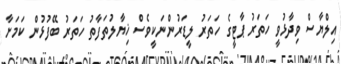
އިލްޔާސް ވިދާޅުވީ ހަތަރު ޕާޓީގެ ހަތަރު ލީޑަރުންނަކީވެސް ޚިޔާލުތަފާތު ހަތަރު ބޭފުުޅުން ކަމަށާ